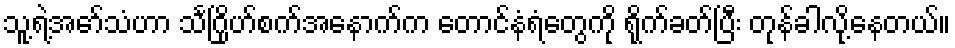
သူ့ရဲ့အော်သံဟာ သင်္ဂြိုဟ်စက်အနောက်က တောင်နံရံတွေကို ရိုက်ခတ်ပြီး တုန်ခါလို့နေတယ်။